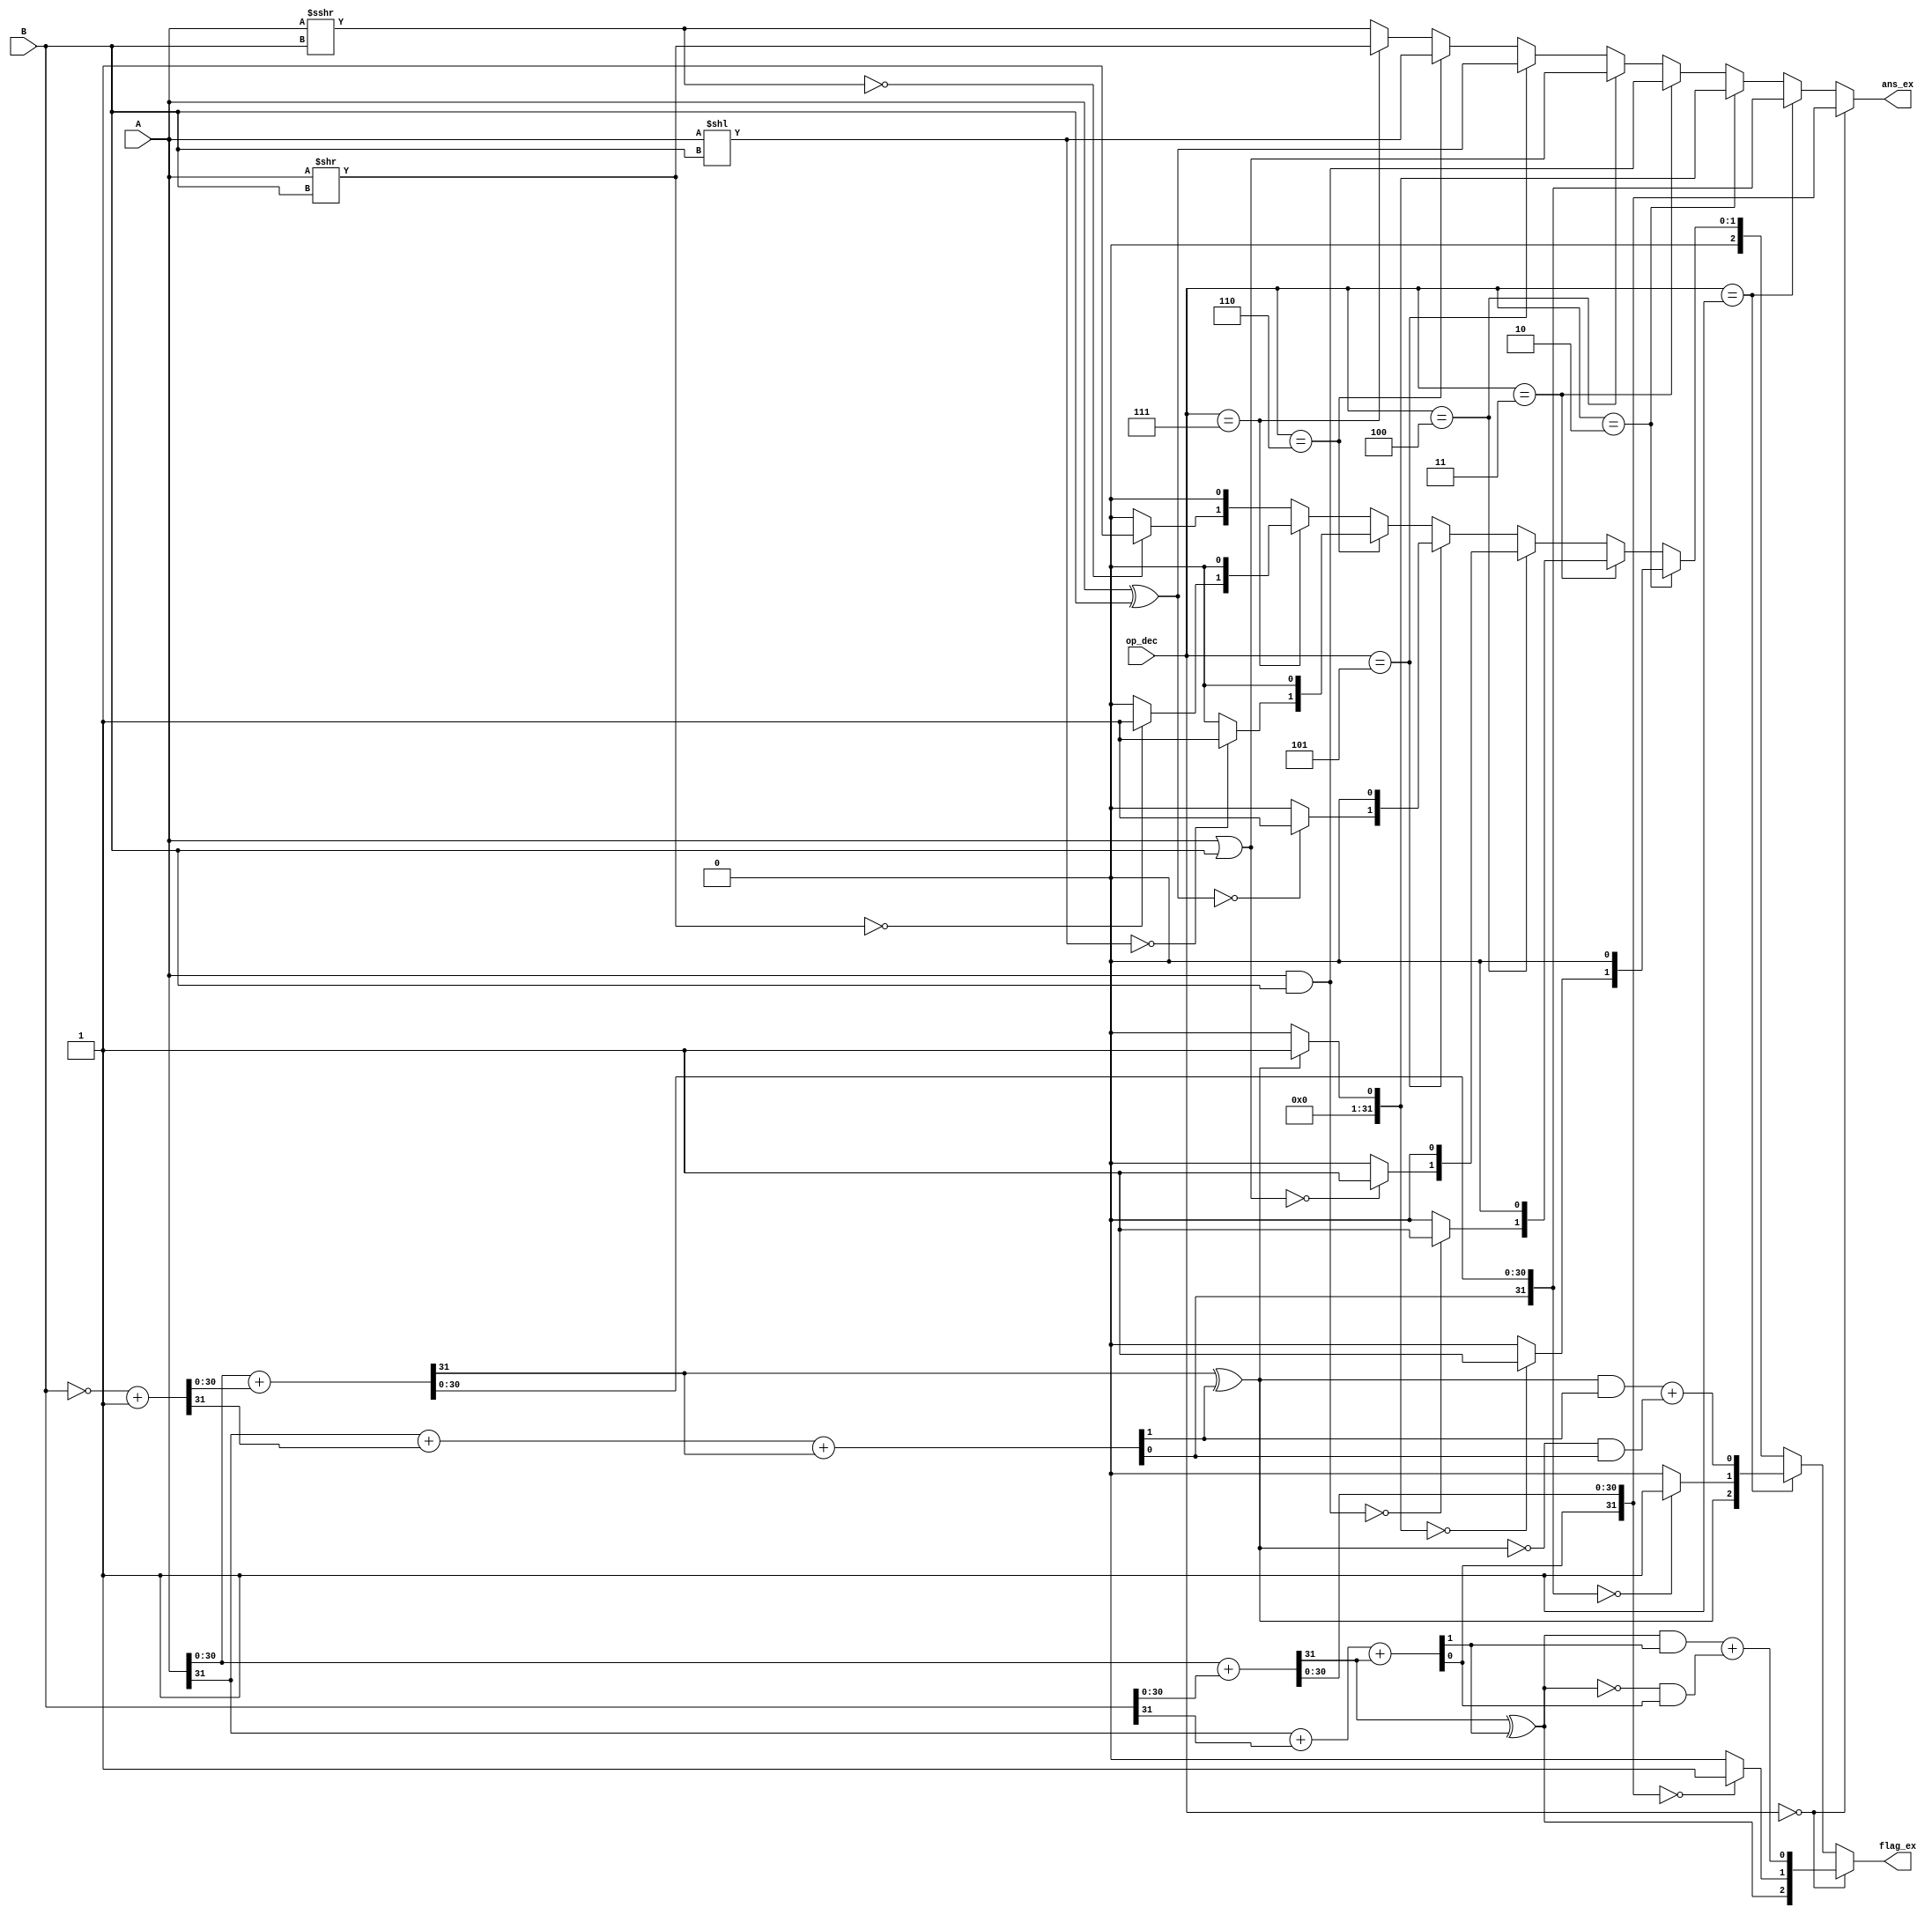
`timescale 1ns / 1ps
//////////////////////////////////////////////////////////////////////////////////
// Company: 
// Engineer: 
// 
// Design Name: 
// Module Name:    ALU 
// Project Name: 
// Target Devices: 
// Tool versions: 
// Description: 
//
// Dependencies: 
//
// Revision: 
// Revision 0.01 - File Created
// Additional Comments: 
//
//////////////////////////////////////////////////////////////////////////////////
module ALU(A,B,flag_ex,ans_ex,op_dec
    );
input [31:0] A,B;
input [3:0] op_dec;
output [2:0] flag_ex;
output [31:0] ans_ex;

//Declaration of wires
wire [31:0] ans_temp1,ans_temp2,ans_temp3,ans_temp4,ans_temp5,ans_temp6,ans_temp7,ans_temp8,ans_temp9;
wire [2:0] flag_ex1,flag_ex2,flag_ex3,flag_ex4,flag_ex5,flag_ex6,flag_ex7,flag_ex8,flag_ex9;

wire carry_add_temp;
wire carry_sub_temp;
wire previous_carry_add;
wire previous_carry_sub;


//ADD(A+B)
assign {previous_carry_add,ans_temp1[30:0]} =( A[30:0] + B[30:0]);
assign {carry_add_temp,ans_temp1[31]} = (A[31] + B[31] + previous_carry_add);
assign flag_ex1[2] =   previous_carry_add ^ carry_add_temp;
assign flag_ex1[0] =  (flag_ex1[2]&carry_add_temp) + ((~flag_ex1[2])&ans_temp1[31]);
assign flag_ex1[1] =  (ans_temp1 == 32'b0000_0000_0000_0000_0000_0000_0000_0000) ? 1'b1 : 1'b0;

//SUB(A-B)
wire [31 : 0] comp_B = (~B) + 1'b1;
assign {previous_carry_sub,ans_temp2[30:0]} =( A[30:0] + comp_B[30:0]);
assign {carry_sub_temp,ans_temp2[31]} = (A[31] + comp_B[31] + previous_carry_sub);
assign flag_ex2[2] = previous_carry_sub ^ carry_sub_temp;
assign flag_ex2[1] =  (ans_temp2 == 32'b0000_0000_0000_0000_0000_0000_0000_0000) ? 1'b1 : 1'b0;
assign flag_ex2[0] =  (flag_ex2[2]&carry_sub_temp) + ((~flag_ex2[2])&ans_temp2[31]);

//SLT
assign ans_temp3 = (flag_ex2[2]==1'b1)?(32'b0000_0000_0000_0000_0000_0000_0000_0001):(32'b0000_0000_0000_0000_0000_0000_0000_0000);
assign flag_ex3[2] = 1'b0;
assign flag_ex3[1] =  (ans_temp3 == 32'b0000_0000_0000_0000_0000_0000_0000_0000) ? 1'b1 : 1'b0;
assign flag_ex3[0] =  1'b0;

//AND(A&B)
assign ans_temp4 = A & B;
assign flag_ex4[0] = 1'b0;
assign flag_ex4[2] = 1'b0;
assign flag_ex4[1] = (ans_temp4 == 32'b0000_0000_0000_0000_0000_0000_0000_0000) ? 1'b1 : 1'b0;

//OR(A|B)
assign ans_temp5 = A | B;
assign flag_ex5[0] = 1'b0;
assign flag_ex5[2] = 1'b0;
assign flag_ex5[1] = (ans_temp5 == 32'b0000_0000_0000_0000_0000_0000_0000_0000) ? 1'b1 : 1'b0;

//XOR(A^B)
assign ans_temp6 = A ^ B;
assign flag_ex6[0] = 1'b0;
assign flag_ex6[2] = 1'b0;
assign flag_ex6[1] = (ans_temp6 == 32'b0000_0000_0000_0000_0000_0000_0000_0000) ? 1'b1 : 1'b0;

//Left Shift(A<<B)
assign ans_temp7 = A<<B;
assign flag_ex7[0] = 1'b0;
assign flag_ex7[2] = 1'b0;
assign flag_ex7[1] = (ans_temp7 == 32'b0000_0000_0000_0000_0000_0000_0000_0000) ? 1'b1 : 1'b0;

//Right Shift(A>>B)
assign ans_temp8 = A>>B;
assign flag_ex8[0] = 1'b0;
assign flag_ex8[2] = 1'b0;
assign flag_ex8[1] = (ans_temp8 == 32'b0000_0000_0000_0000_0000_0000_0000_0000) ? 1'b1 : 1'b0;

//Arithmatic Right Shift(A>>>B)
assign ans_temp9 = $signed(A)>>>B;
assign flag_ex9[0] = 1'b0;
assign flag_ex9[2] = 1'b0;
assign flag_ex9[1] = (ans_temp9 == 32'b0000_0000_0000_0000_0000_0000_0000_0000) ? 1'b1 : 1'b0;

//Decide ans and flag based on Opcode
assign ans_ex = ((op_dec==4'b0000) ? ans_temp1 : (((op_dec==4'b0001) ? ans_temp2 : (((op_dec==4'b0010) ? ans_temp3 : (((op_dec==4'b0011) ? ans_temp4 : (((op_dec==4'b0100) ? ans_temp5 : (((op_dec==4'b0101) ? ans_temp6 : (((op_dec==4'b0110) ? ans_temp7 : (((op_dec==4'b0111) ? ans_temp8 :  ans_temp9)))))))))))))));
assign flag_ex = ((op_dec==4'b0000) ? flag_ex1 : (((op_dec==4'b0001) ? flag_ex2 : (((op_dec==4'b0010) ? flag_ex3 : (((op_dec==4'b0011) ? flag_ex4 : (((op_dec==4'b0100) ? flag_ex5 : (((op_dec==4'b0101) ? flag_ex6 : (((op_dec==4'b0110) ? flag_ex7 : (((op_dec==4'b0111) ? flag_ex8 :  flag_ex9)))))))))))))));

endmodule